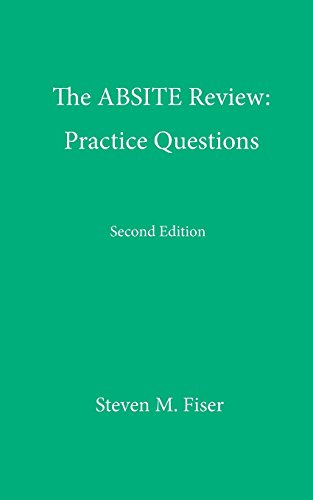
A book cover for The ABSITE Review: Practice Questions, Second Edition; Steven M FIser; Test Preparation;